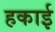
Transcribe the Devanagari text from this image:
हकाई